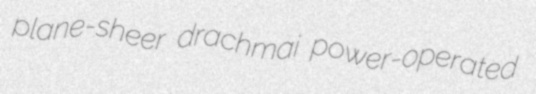
plane-sheer drachmai power-operated